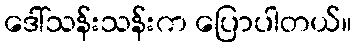
ဒေါ်သန်းသန်းက ပြောပါတယ်။